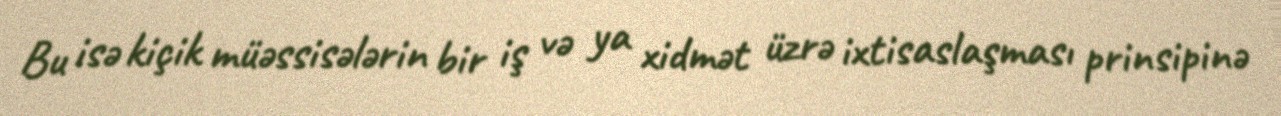
Bu isə kiçik müəssisələrin bir iş və ya xidmət üzrə ixtisaslaşması prinsipinə